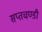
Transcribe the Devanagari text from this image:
सप्तचण्डी